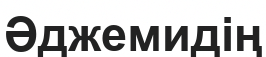
Әджемидің